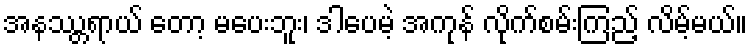
အနဿ္တရာယ် တော့ မပေးဘူး၊ ဒါပေမဲ့ အကုန် လိုက်စမ်းကြည့် လိမ့်မယ်။